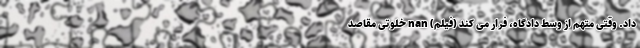
داد. وقتی متهم از وسط دادگاه، فرار می کند (فیلم) nan خلوتی مقاصد